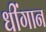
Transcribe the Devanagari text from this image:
धींगान